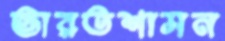
ভারতশাসন